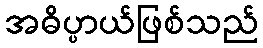
အဓိပ္ပာယ်ဖြစ်သည်